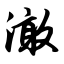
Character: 澉